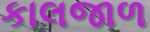
કાલજાળ